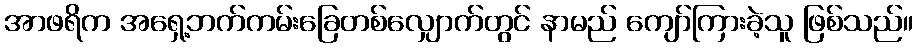
အာဖရိက အရှေ့ဘက်ကမ်းခြေတစ်လျှောက်တွင် နာမည် ကျော်ကြားခဲ့သူ ဖြစ်သည်။